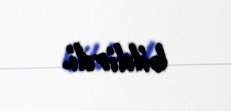
bildirdi.